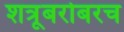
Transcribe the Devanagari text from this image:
शत्रूबरोबरच